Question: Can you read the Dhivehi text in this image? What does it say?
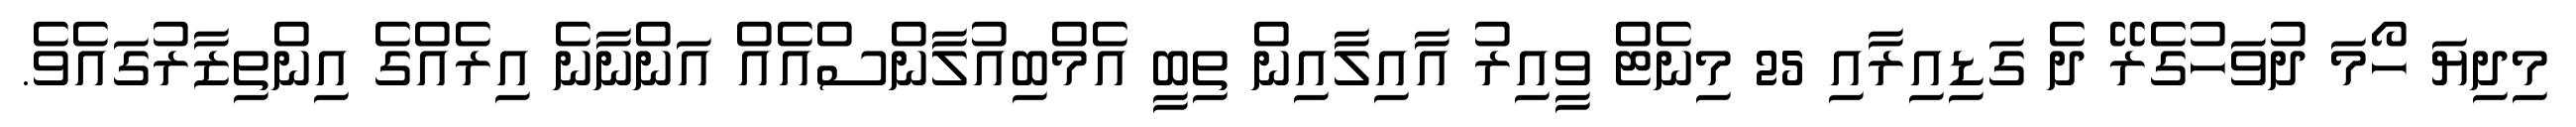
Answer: މިދިޔަ ހޯމަ ދުވަހުގެރޭ ދެ ގަޑިއިރާއި 25 މިނެޓް ވީއިރު އާއިލާއިން ތިބީ އެމްބިއުލާންސްއެއް އަންނާނެ އިރެއްގެ އިންތިޒާރުގައެވެ.